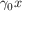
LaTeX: \gamma _ { 0 } x